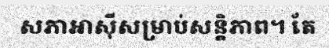
សភាអាស៊ីសម្រាប់សន្តិភាព។ តែ